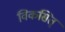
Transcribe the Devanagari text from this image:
विकसित्